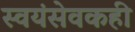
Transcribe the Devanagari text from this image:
स्वयंसेवकही